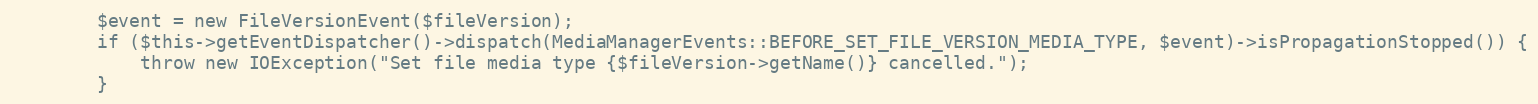
Language: PHP
        $event = new FileVersionEvent($fileVersion);
        if ($this->getEventDispatcher()->dispatch(MediaManagerEvents::BEFORE_SET_FILE_VERSION_MEDIA_TYPE, $event)->isPropagationStopped()) {
            throw new IOException("Set file media type {$fileVersion->getName()} cancelled.");
        }